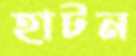
হাটন